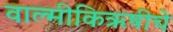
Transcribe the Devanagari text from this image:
वाल्मीकिऋषीचे